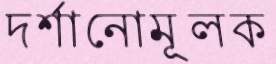
দর্শানোমূলক